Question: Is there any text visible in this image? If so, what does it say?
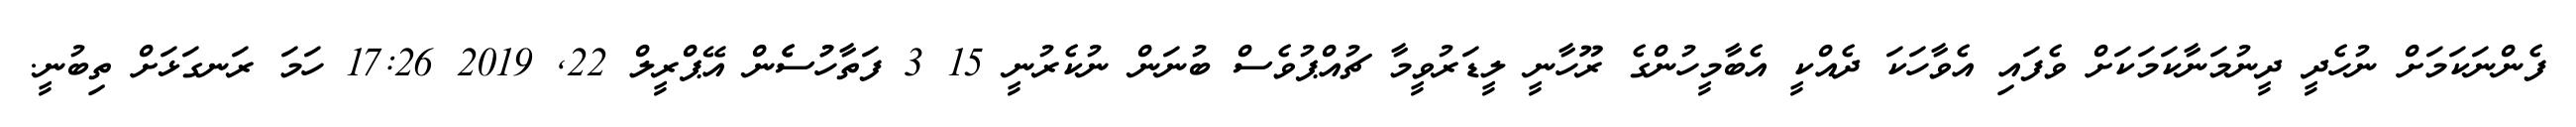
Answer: ފެންނަކަމަށް ނުހެދީ ދީނުމަނާކަމަކަށް ވެފައި އެވާހަކަ ދެއްކީ އެބާމީހުންގެ ރޫހާނީ ލީޑަރުވީމާ ޗުއްޕުވެސް ބުނަން ނުކެރުނީ 15 3 ފަތާހުުސެެން އޭޕްރީލް 22, 2019 17:26 ހަމަ ރަނގަޅަށް ތިބުނީ.